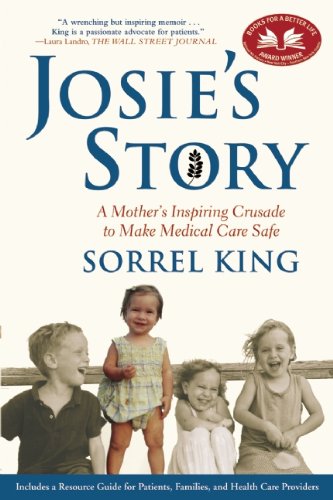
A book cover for Josie's Story: A Mother's Inspiring Crusade to Make Medical Care Safe; Sorrel King; Medical Books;